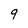
Character: 9